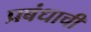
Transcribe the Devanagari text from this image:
प्रबंधाची